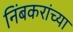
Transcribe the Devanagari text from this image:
निंबकरांच्या